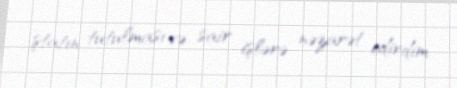
ştatın tutulması və sair işlərə nəzarət edirdim.